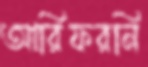
আরিফরনি